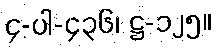
၄-ပါ-၄၃၆၊ ဋ္ဌ-၁၂၅။